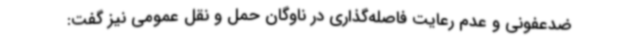
ضدعفونی و عدم رعایت فاصله‌گذاری در ناوگان حمل و نقل عمومی نیز گفت: